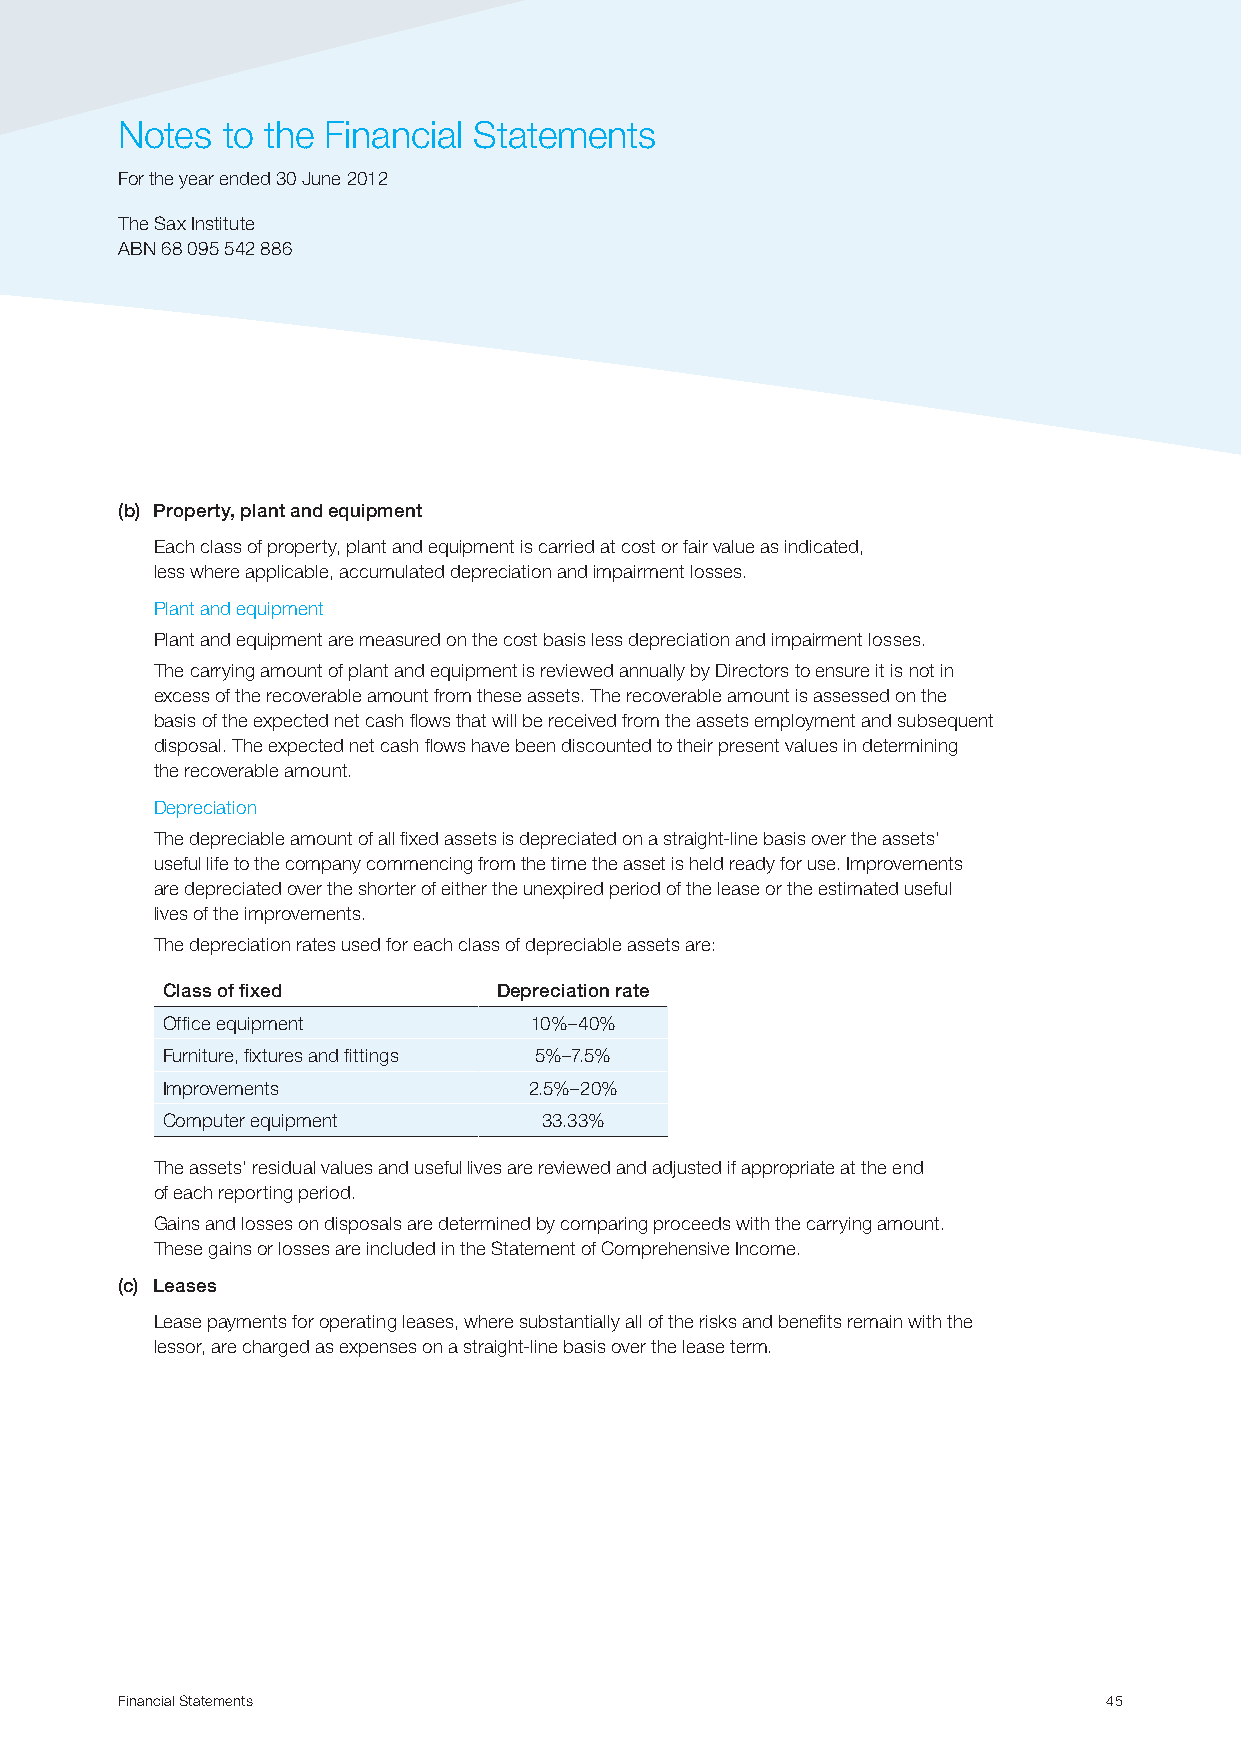
Notes  to the Financial Statements
 For the year ended 30 June 2012
 The Sax Institute
 ABN 68 095 542 886
 (b) Property, plant and equipment
 Each class of property, plant and equipment is carried at cost or fair value as indicated,
 less where applicable, accumulated depreciation and impairment losses.
 Plant and equipment
 Plant and equipment are measured on the cost basis less depreciation and impairment losses.
 The carrying amount of plant and equipment is reviewed annually by Directors to ensure it is not in
 excess of the recoverable amount from these assets. The recoverable amount is assessed on the
 basis of the expected net cash flows that will be received from the assets employment and subsequent
 disposal. The expected net cash flows have been discounted to their present values in determining
 the recoverable amount.
 Depreciation
 The depreciable amount of all fixed assets is depreciated on a straight-line basis over the assets’
 useful life to the company commencing from the time the asset is held ready for use. Improvements
 are depreciated over the shorter of either the unexpired period of the lease or the estimated useful
 lives of the improvements.
 The depreciation rates used for each class of depreciable assets are:
 Class of fixed        Depreciation rate
 Office equipment        10%–40%
 Furniture, fixtures and fittings 5%–7.5%
 Improvements            2.5%–20%
 Computer equipment       33.33%
 The assets’ residual values and useful lives are reviewed and adjusted if appropriate at the end
 of each reporting period.
 Gains and losses on disposals are determined by comparing proceeds with the carrying amount.
 These gains or losses are included in the Statement of Comprehensive Income.
 (c) Leases
 Lease payments for operating leases, where substantially all of the risks and benefits remain with the
 lessor, are charged as expenses on a straight-line basis over the lease term.
 Financial Statements                                             45